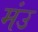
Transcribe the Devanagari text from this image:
मंउ